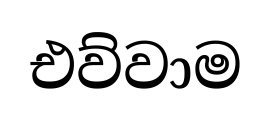
එව්වාම